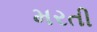
મરતી